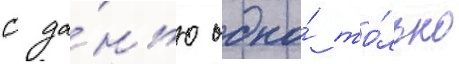
с да́нью одно́ то́лько